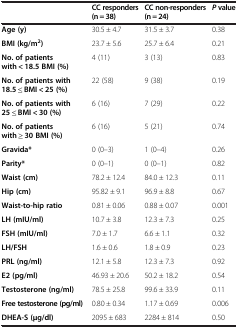
<table><thead><tr><td><b> </b></td><td><b>CC responders (n = 38)</b></td><td><b>CC non-responders (n = 24)</b></td><td><b><i>P </i>value</b></td></tr></thead><tbody><tr><td><b>Age (y)</b></td><td>30.5 ± 4.7</td><td>31.5 ± 3.7</td><td>0.38</td></tr><tr><td><b>BMI (kg/m</b><sup><b>2</b></sup><b>)</b></td><td>23.7 ± 5.6</td><td>25.7 ± 6.4</td><td>0.21</td></tr><tr><td><b>No. of patients with &lt; 18.5 BMI (%)</b></td><td>4 (11)</td><td>3 (13)</td><td>0.83</td></tr><tr><td><b>No. of patients with 18.5 ≤ BMI &lt; 25 (%)</b></td><td>22 (58)</td><td>9 (38)</td><td>0.19</td></tr><tr><td><b>No. of patients with 25 ≤ BMI &lt; 30 (%)</b></td><td>6 (16)</td><td>7 (29)</td><td>0.22</td></tr><tr><td><b>No. of patients with ≥ 30 BMI (%)</b></td><td>6 (16)</td><td>5 (21)</td><td>0.74</td></tr><tr><td><b>Gravida*</b></td><td>0 (0–3)</td><td>1 (0–4)</td><td>0.26</td></tr><tr><td><b>Parity*</b></td><td>0 (0–1)</td><td>0 (0–1)</td><td>0.82</td></tr><tr><td><b>Waist (cm)</b></td><td>78.2 ± 12.4</td><td>84.0 ± 12.3</td><td>0.11</td></tr><tr><td><b>Hip (cm)</b></td><td>95.82 ± 9.1</td><td>96.9 ± 8.8</td><td>0.67</td></tr><tr><td><b>Waist-to-hip ratio</b></td><td>0.81 ± 0.06</td><td>0.88 ± 0.07</td><td>0.001</td></tr><tr><td><b>LH (mIU/ml)</b></td><td>10.7 ± 3.8</td><td>12.3 ± 7.3</td><td>0.25</td></tr><tr><td><b>FSH (mIU/ml)</b></td><td>7.0 ± 1.7</td><td>6.6 ± 1.1</td><td>0.32</td></tr><tr><td><b>LH/FSH</b></td><td>1.6 ± 0.6</td><td>1.8 ± 0.9</td><td>0.23</td></tr><tr><td><b>PRL (ng/ml)</b></td><td>12.1 ± 5.8</td><td>12.3 ± 7.3</td><td>0.92</td></tr><tr><td><b>E2 (pg/ml)</b></td><td>46.93 ± 20.6</td><td>50.2 ± 18.2</td><td>0.54</td></tr><tr><td><b>Testosterone (ng/ml)</b></td><td>78.5 ± 25.8</td><td>99.6 ± 33.9</td><td>0.11</td></tr><tr><td><b>Free testosterone (pg/ml)</b></td><td>0.80 ± 0.34</td><td>1.17 ± 0.69</td><td>0.006</td></tr><tr><td><b>DHEA-S (μg/dl)</b></td><td>2095 ± 683</td><td>2284 ± 814</td><td>0.50</td></tr></tbody></table>